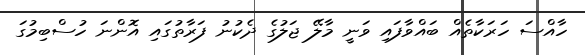
ހާއްސަ ހަރަކާތެއް ބައްވާފައި ވަނީ މާލޭ ޖަލުގެ ދެކުނު ފަރާތުގައި އޮންނަ ހުސްބިމުގަ